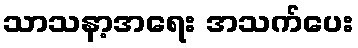
သာသနာ့အရေး အသက်ပေး